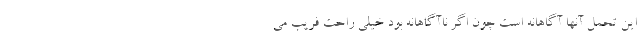
این تحمل آنها آگاهانه است چون اگر ناآگاهانه بود خیلی راحت فریب می